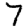
Digit: 7